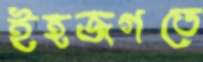
ইহজগতে